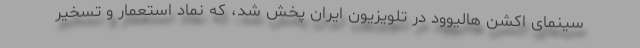
سینمای اکشن هالیوود در تلویزیون ایران پخش شد، که نماد استعمار و تسخیر